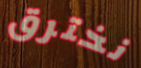
نخترق